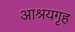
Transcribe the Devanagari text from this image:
आश्रयगृह